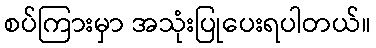
စပ်ကြားမှာ အသုံးပြုပေးရပါတယ်။